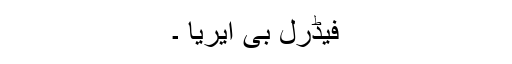
فیڈرل بی ایریا ۔